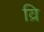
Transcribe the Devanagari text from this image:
व्रि